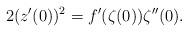
LaTeX: \begin{align*}2(z'(0))^2=f'(\zeta(0))\zeta''(0).\end{align*}